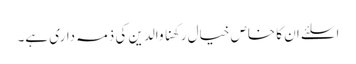
اسلئے ان کا خاص خیال رکھنا والدین کی ذمہ داری ہے۔